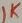
Text: 1K